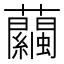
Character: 𧅶